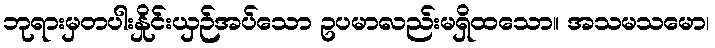
ဘုရားမှတပါးနှိုင်းယှဉ်အပ်သော ဥပမာလည်းမရှိထသော။ အသမသမော၊